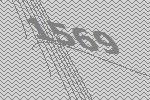
1569